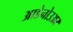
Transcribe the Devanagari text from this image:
आडेनोउअर